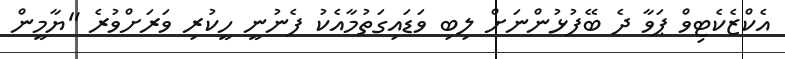
އެކްޒެކެޓިވް ޕަވާ ދެ ބޭފުޅުންނަށް ލިބި ވަޑައިގަތުމާއެކު ފެނުނީ ހީކުރި ވަރަށްވުރެ "ޔާމީން